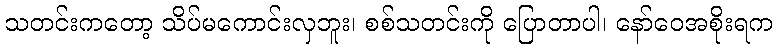
သတင်းကတော့ သိပ်မကောင်းလှဘူး၊ စစ်သတင်းကို ပြောတာပါ၊ နော်ဝေအစိုးရက